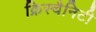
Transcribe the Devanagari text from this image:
क्रिस्चैनिटी